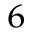
_ 6